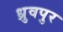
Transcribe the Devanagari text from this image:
ध्रुवपुर